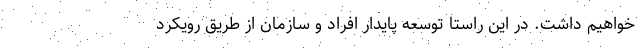
خواهیم داشت. در این راستا توسعه پایدار افراد و سازمان از طریق رویکرد